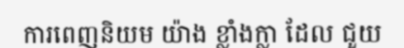
ការពេញនិយម យ៉ាង ខ្លាំងក្លា ដែល ជួយ